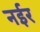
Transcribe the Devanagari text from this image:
नईर